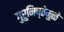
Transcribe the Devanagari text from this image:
गुरुनिष्ठेमुळे